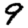
Digit: 9